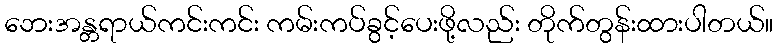
ဘေးအန္တရာယ်ကင်းကင်း ကမ်းကပ်ခွင့်ပေးဖို့လည်း တိုက်တွန်းထားပါတယ်။